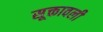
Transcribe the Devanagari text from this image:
सूक्तावली